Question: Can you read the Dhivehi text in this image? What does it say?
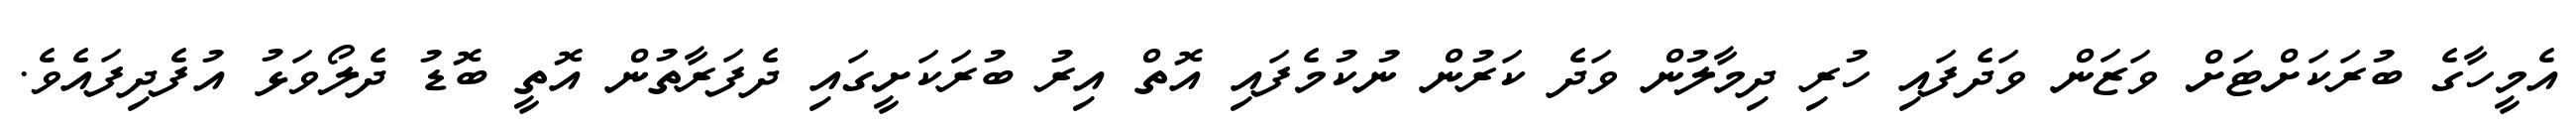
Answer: އެމީހާގެ ބުރަކަށްޓަށް ވަޒަން ވަދެފައި ހުރި ދިމާލުން ވަދެ ކަރުން ނުކުމެފައި އޮތް އިރު ބުރަކަށީގައި ދެފަރާތުން އޮތީ ބޮޑު ދެލޯވަޅު އުފެދިފައެވެ.